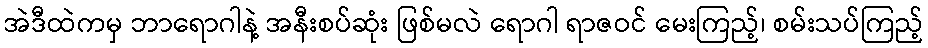
အဲဒီထဲကမှ ဘာရောဂါနဲ့ အနီးစပ်ဆုံး ဖြစ်မလဲ ရောဂါ ရာဇဝင် မေးကြည့်၊ စမ်းသပ်ကြည့်